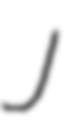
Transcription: J